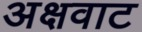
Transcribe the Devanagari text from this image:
अक्षवाट